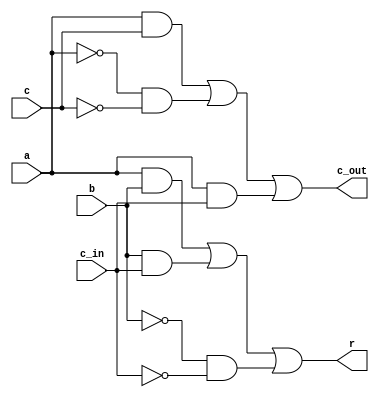
module one_bit_adder (
    input a,b,c,c_in,
    output r, c_out
);
    assign r= (a&b) | (b&c_in) | (~b& ~c_in);
    assign c_out= (a&c) | (~a&~c) | (a&c_in);
endmodule

module tb;
    reg [7:0] A,B,C;
    wire [7:0] R, c_out;
    wire C_out;
    one_bit_adder adder1(A[0],B[0],C[0],1'b0,R[0],c_out[0]);
    one_bit_adder adder2(A[1],B[1],C[1],c_out[0],R[1],c_out[1]);
    one_bit_adder adder3(A[2],B[2],C[2],c_out[1],R[2],c_out[2]);
    one_bit_adder adder4(A[3],B[3],C[3],c_out[2],R[3],c_out[3]);
    one_bit_adder adder5(A[4],B[4],C[4],c_out[3],R[4],c_out[4]);
    one_bit_adder adder6(A[5],B[5],C[5],c_out[4],R[5],c_out[5]);
    one_bit_adder adder7(A[6],B[6],C[6],c_out[5],R[6],c_out[6]);
    one_bit_adder adder8(A[7],B[7],C[7],c_out[6],R[7],c_out[7]);
    assign C_out=c_out[7];

    initial begin
        A = 0;
        B = 0;
        C = 0;
        #2;
        $display("A = %d, B = %d, C = %d, R = %d, Carry = %d", A, B, C, R, C_out);
        $monitor("A = %d, B = %d, C = %d, R = %d, Carry = %d", A, B, C, R, C_out);

        repeat(10) begin
            A = $random;
            B = $random;
            C = $random;
            #15;
        end
    end
endmodule